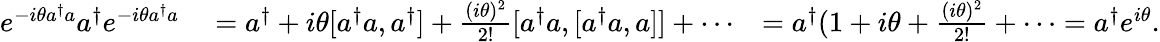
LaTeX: \begin{array}{rlr}{e^{-i\theta a^{\dagger}a}a^{\dagger}e^{-i\theta a^{\dagger}a}}&{{}=a^{\dagger}+i\theta[a^{\dagger}a,a^{\dagger}]+\frac{(i\theta)^{2}}{2!}[a^{\dagger}a,[a^{\dagger}a,a]]+\cdots}&{=a^{\dagger}(1+i\theta+\frac{(i\theta)^{2}}{2!}+\cdots=a^{\dagger}e^{i\theta}.}\end{array}